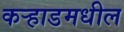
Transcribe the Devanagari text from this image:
कर्‍हाडमधील